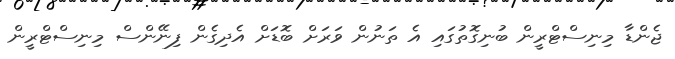
ޖެންޑާ މިނިސްޓްރީން ބުނިގޮތުގައި އެ ތަނުން ވަރަށް ބޮޑަށް އެދިގެން ފިނޭންސް މިނިސްޓްރީން